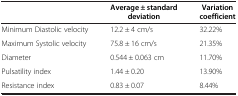
|  | Average ± standard deviation | Variation coefficient |
 | --- | --- | --- |
 | Minimum Diastolic velocity | 12.2 ± 4 cm/s | 32.22% |
 | Maximum Systolic velocity | 75.8 ± 16 cm/s | 21.35% |
 | Diameter | 0.544 ± 0.063 cm | 11.70% |
 | Pulsatility index | 1.44 ± 0.20 | 13.90% |
 | Resistance index | 0.83 ± 0.07 | 8.44% |